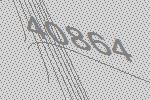
40864